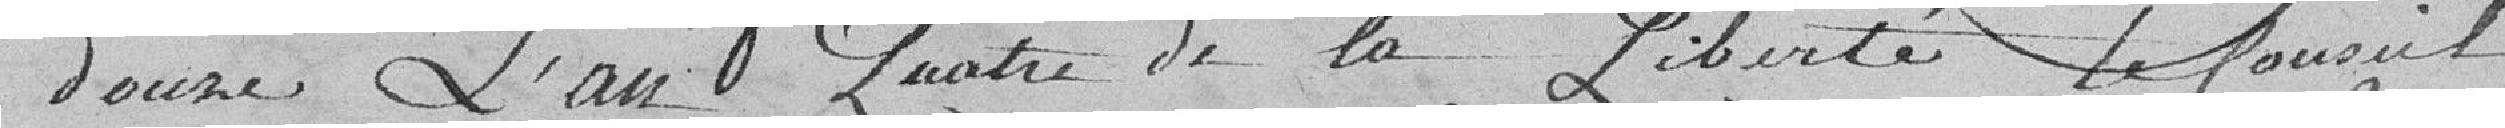
douze. L'an quatre de la Liberté, le Conseil